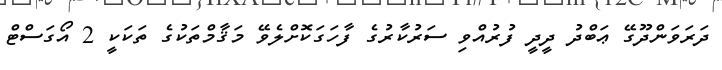
ދަރަވަންދޫގޭ ޢަބްދު ދީދީ ފުރުއްވި ސަރުކާރުގެ ފާހަގަކޮށްލެވޭ މަޤާމްތަކުގެ ތަކަކީ 2 އޯގަސްޓް